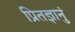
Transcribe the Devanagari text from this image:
प्रितज्ञानुं